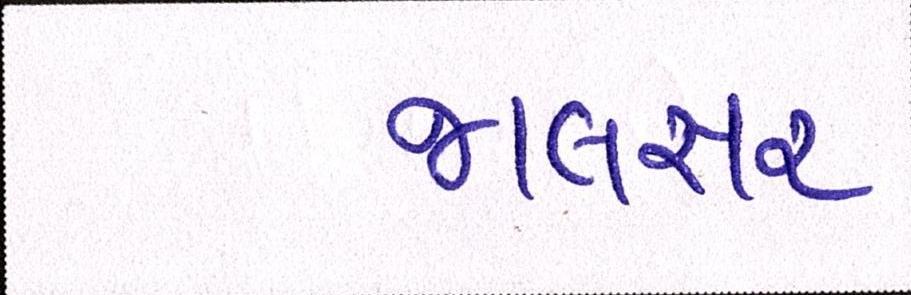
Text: જાલસર